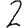
Digit: 2